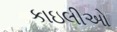
કાઇલીઓ